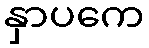
နှာပကေ